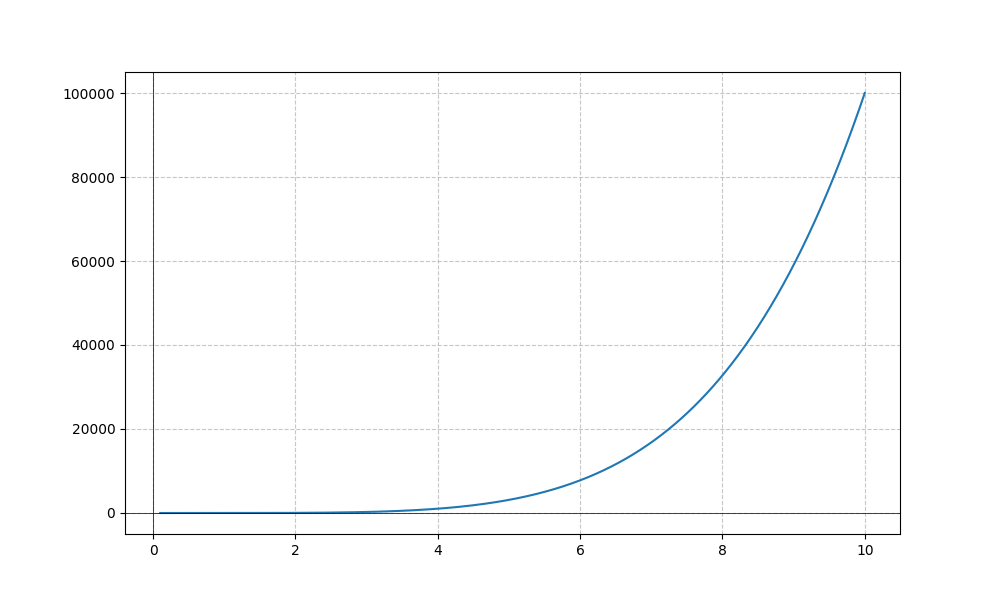
LaTeX formula: x^{5} - \sin{\left(x \right)}